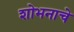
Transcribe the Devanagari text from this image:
शोभनाचे